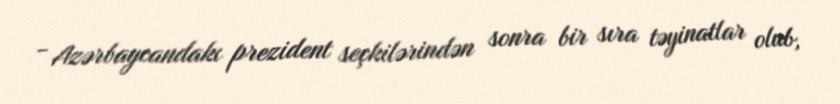
- Azərbaycandakı prezident seçkilərindən sonra bir sıra təyinatlar olub,